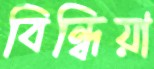
বিন্ধিয়া